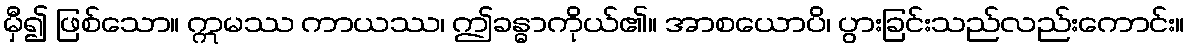
မှီ၍ ဖြစ်သော။ ဣမဿ ကာယဿ၊ ဤခန္ဓာကိုယ်၏။ အာစယောပိ၊ ပွားခြင်းသည်လည်းကောင်း။